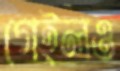
গেইলও